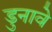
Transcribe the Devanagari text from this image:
डुनावे